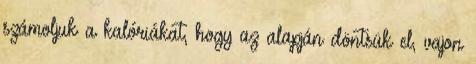
számoljuk a kalóriákat, hogy az alapján döntsük el, vajon